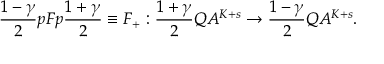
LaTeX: \frac { 1 - \gamma } { 2 } p F p \frac { 1 + \gamma } { 2 } \equiv F _ { + } : \frac { 1 + \gamma } { 2 } Q A ^ { K + s } \rightarrow \frac { 1 - \gamma } { 2 } Q A ^ { K + s } .